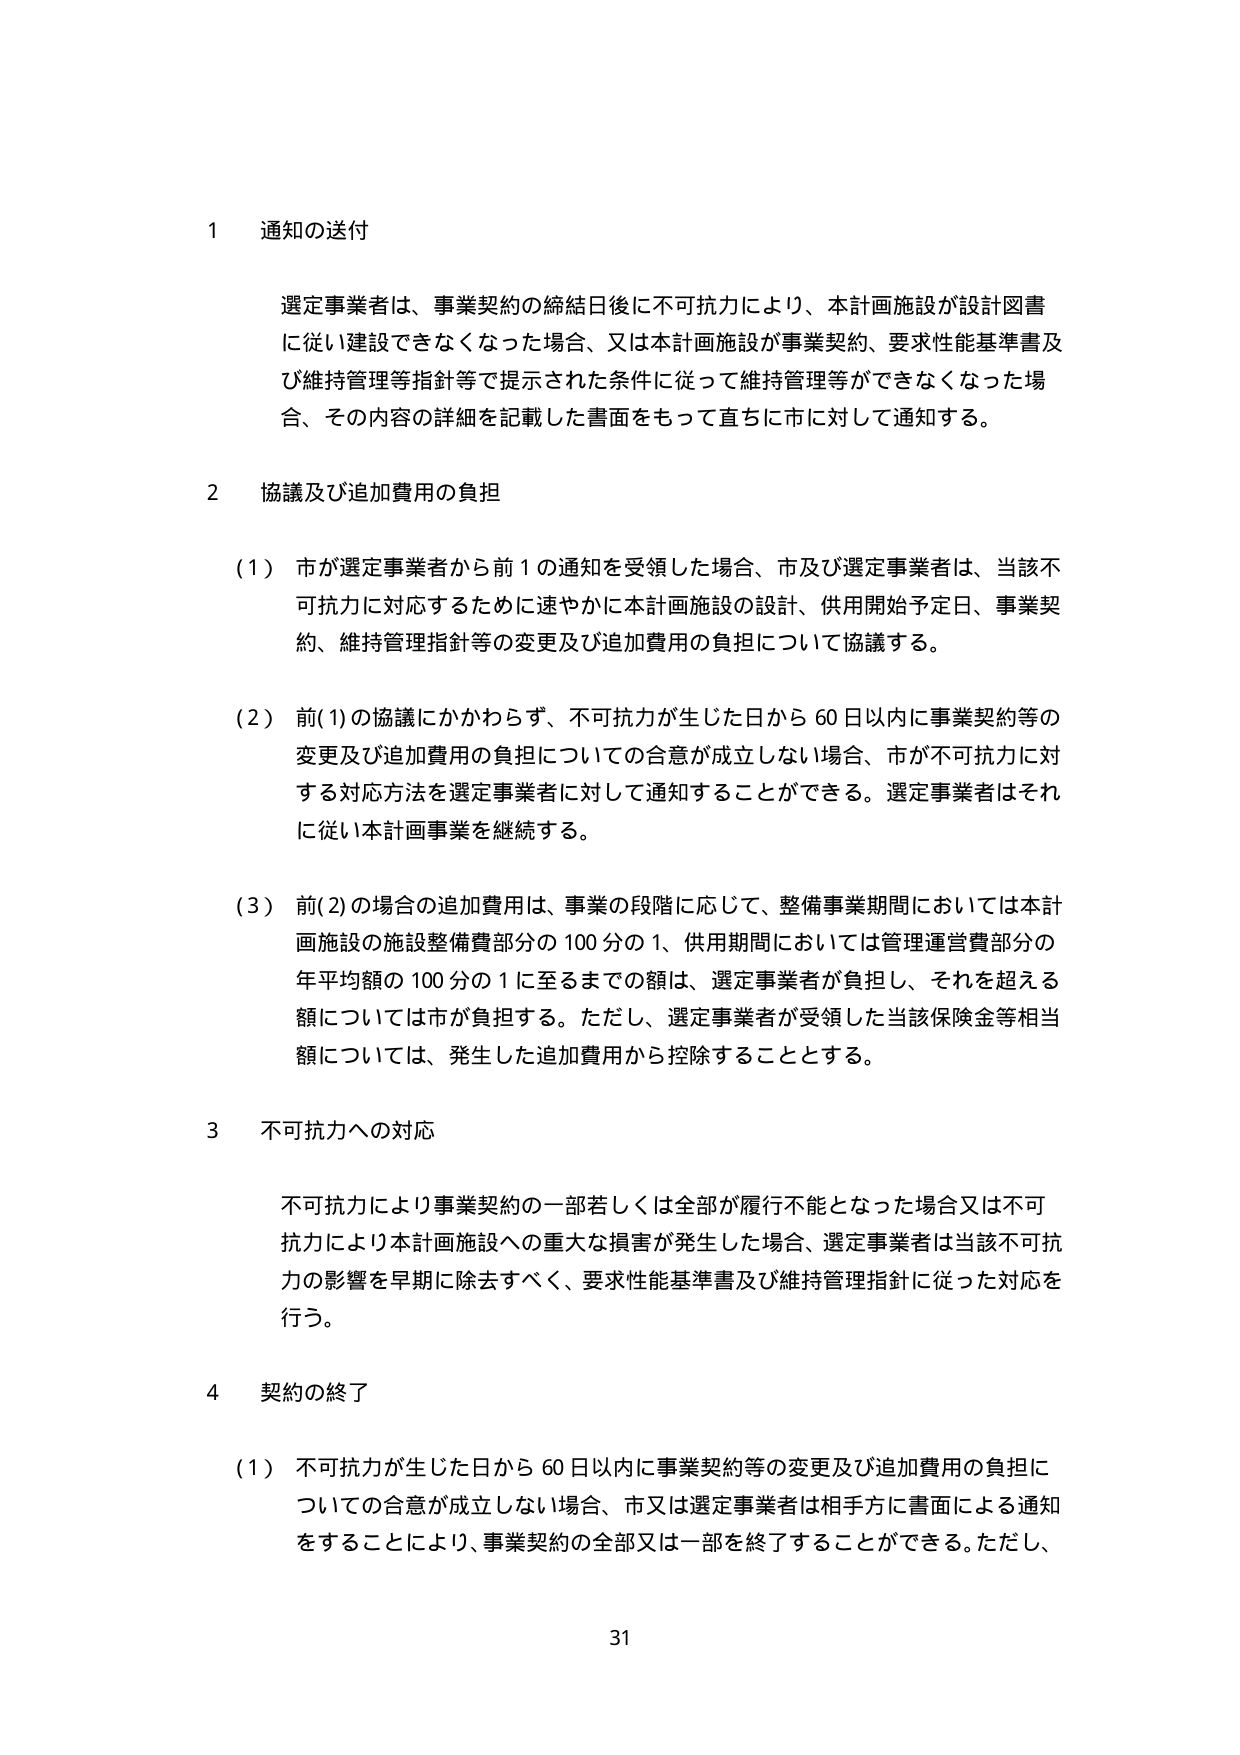
1 通知の送付

選定事業者は、事業契約の締結日後に不可抗力により、本計画施設が設計図書に従い建設できなくなった場合、又は本計画施設が事業契約、要求性能基準書及び維持管理等指針等で提示された条件に従って維持管理等ができなくなった場合、その内容の詳細を記載した書面をもって直ちに市に対して通知する。

2 協議及び追加費用の負担

（1）市が選定事業者から前1の通知を受領した場合、市及び選定事業者は、当該不可抗力に対応するために速やかに本計画施設の設計、供用開始予定日、事業契約、維持管理指針等の変更及び追加費用の負担について協議する。

（2）前(1)の協議にかかわらず、不可抗力が生じた日から60日以内に事業契約等の変更及び追加費用の負担についての合意が成立しない場合、市が不可抗力に対する対応方法を選定事業者に対して通知することができる。選定事業者はそれに従い本計画事業を継続する。

（3）前(2)の場合の追加費用は、事業の段階に応じて、整備事業期間においては本計画施設の施設整備費部分の100分の1、供用期間においては管理運営費部分の年平均額の100分の1に至るまでの額は、選定事業者が負担し、それを超える額については市が負担する。ただし、選定事業者が受領した当該保険金等相当額については、発生した追加費用から控除することとする。

3 不可抗力への対応

不可抗力により事業契約の一部若しくは全部が履行不能となった場合又は不可抗力により本計画施設への重大な損害が発生した場合、選定事業者は当該不可抗力の影響を早期に除去すべく、要求性能基準書及び維持管理指針に従った対応を行う。

4 契約の終了

（1）不可抗力が生じた日から60日以内に事業契約等の変更及び追加費用の負担についての合意が成立しない場合、市又は選定事業者は相手方に書面による通知をすることにより、事業契約の全部又は一部を終了することができる。ただし、

31